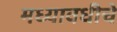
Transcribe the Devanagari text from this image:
मध्यावधीचे